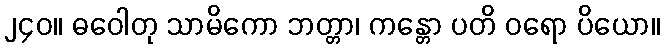
၂၄၀။ ဓဝေါတု သာမိကော ဘတ္တာ၊ ကန္တော ပတိ ဝရော ပိယော။